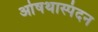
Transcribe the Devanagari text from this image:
ओषथास्पंदन